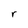
Character: r